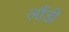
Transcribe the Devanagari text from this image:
लौंडी